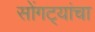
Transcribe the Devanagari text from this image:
सोंगट्यांचा